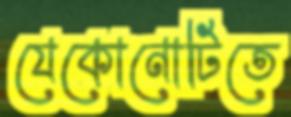
যেকোনোটিতে